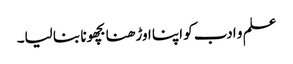
علم و ادب کو اپنا اوڑھنا بچھونا بنا لیا۔